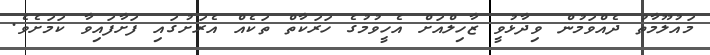
މައުލޫމާތު ދެއްވަމުން ވިދާޅުވީ ޒާހިލްއަށް އެހީވުމުގެ ހަރަކާތް ތަކެއް އެރަށުގައި ފަށާފައިވާ ކަމަށެވެ.